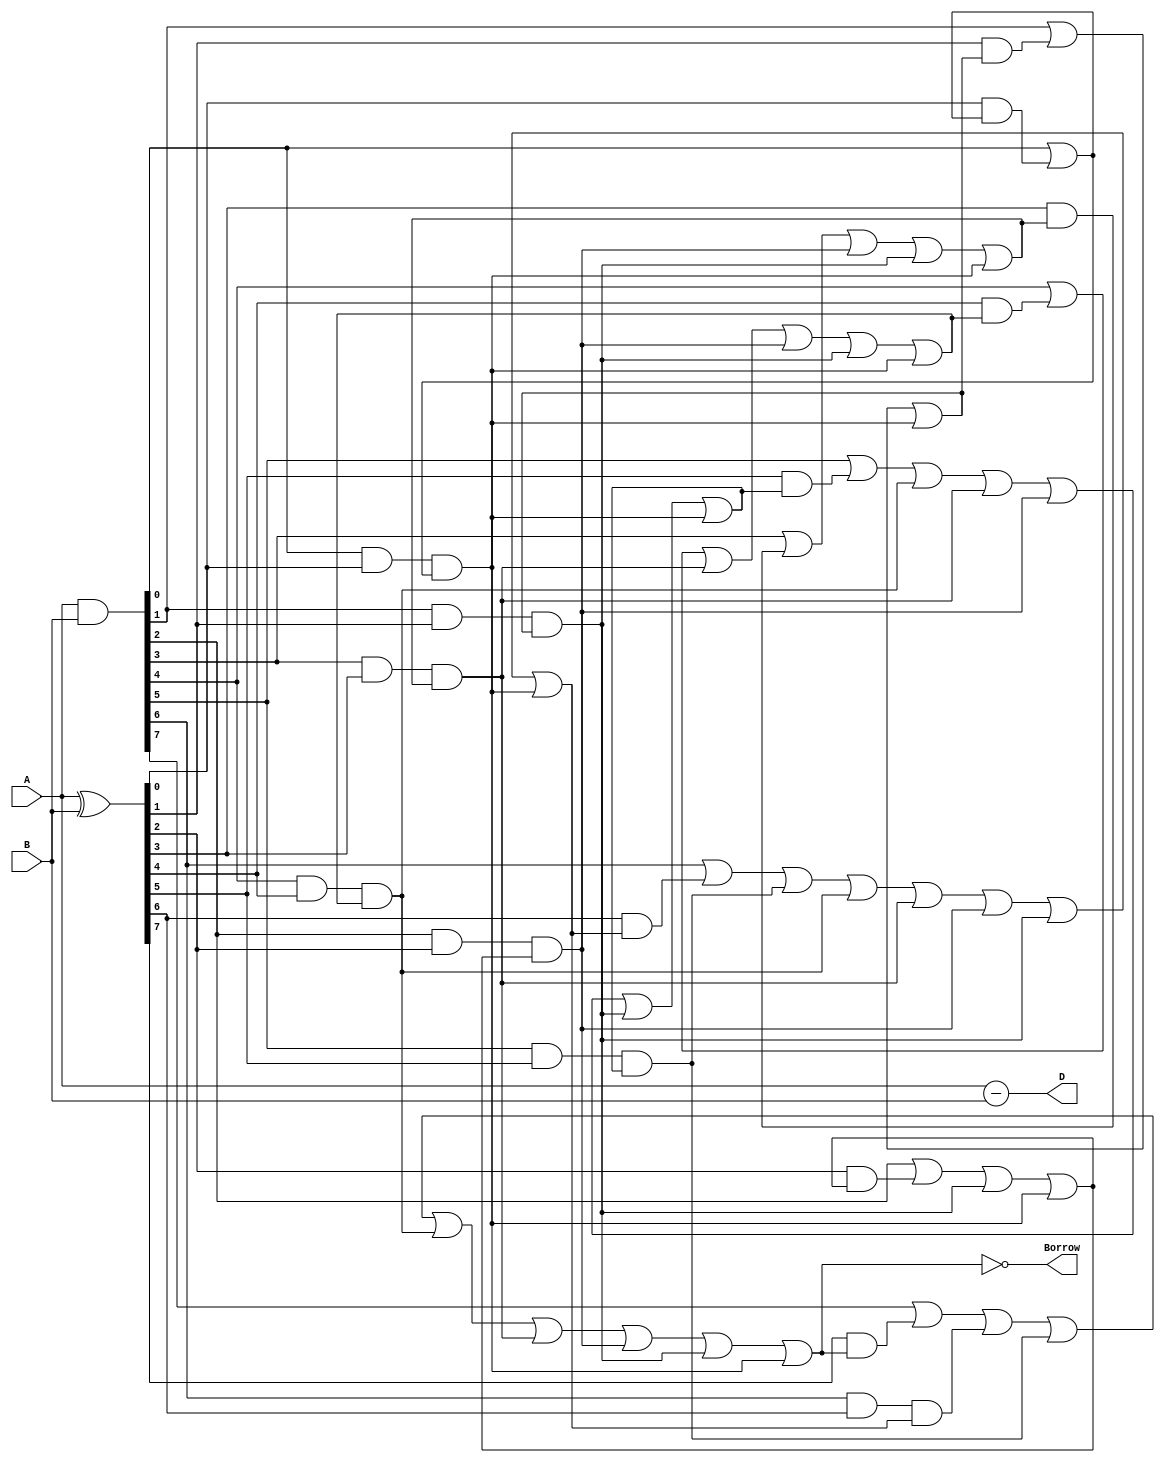
module CarryLookaheadSubtractor (
    input wire [7:0] A,
    input wire [7:0] B,
    output wire [7:0] D,  // Difference
    output wire Borrow
);

wire [7:0] G, P;
wire [7:0] C;

assign G = A ^ B;
assign P = A & B;

assign C[0] = P[0] | (G[0] & C[0]);
assign C[1] = P[1] | (G[1] & C[1]) | (P[0] & G[0] & C[0]);
assign C[2] = P[2] | (G[2] & C[2]) | (P[1] & G[1] & C[1]) | (P[0] & G[0] & C[0]);
assign C[3] = P[3] | (G[3] & C[3]) | (P[2] & G[2] & C[2]) | (P[1] & G[1] & C[1]) | (P[0] & G[0] & C[0]);
assign C[4] = P[4] | (G[4] & C[4]) | (P[3] & G[3] & C[3]) | (P[2] & G[2] & C[2]) | (P[1] & G[1] & C[1]) | (P[0] & G[0] & C[0]);
assign C[5] = P[5] | (G[5] & C[5]) | (P[4] & G[4] & C[4]) | (P[3] & G[3] & C[3]) | (P[2] & G[2] & C[2]) | (P[1] & G[1] & C[1]) | (P[0] & G[0] & C[0]);
assign C[6] = P[6] | (G[6] & C[6]) | (P[5] & G[5] & C[5]) | (P[4] & G[4] & C[4]) | (P[3] & G[3] & C[3]) | (P[2] & G[2] & C[2]) | (P[1] & G[1] & C[1]) | (P[0] & G[0] & C[0]);
assign C[7] = P[7] | (G[7] & C[7]) | (P[6] & G[6] & C[6]) | (P[5] & G[5] & C[5]) | (P[4] & G[4] & C[4]) | (P[3] & G[3] & C[3]) | (P[2] & G[2] & C[2]) | (P[1] & G[1] & C[1]) | (P[0] & G[0] & C[0]);

assign D = A - B;
assign Borrow = ~C[7];

endmodule